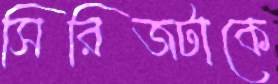
সিরিজটাকে